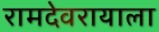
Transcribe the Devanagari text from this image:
रामदेवरायाला